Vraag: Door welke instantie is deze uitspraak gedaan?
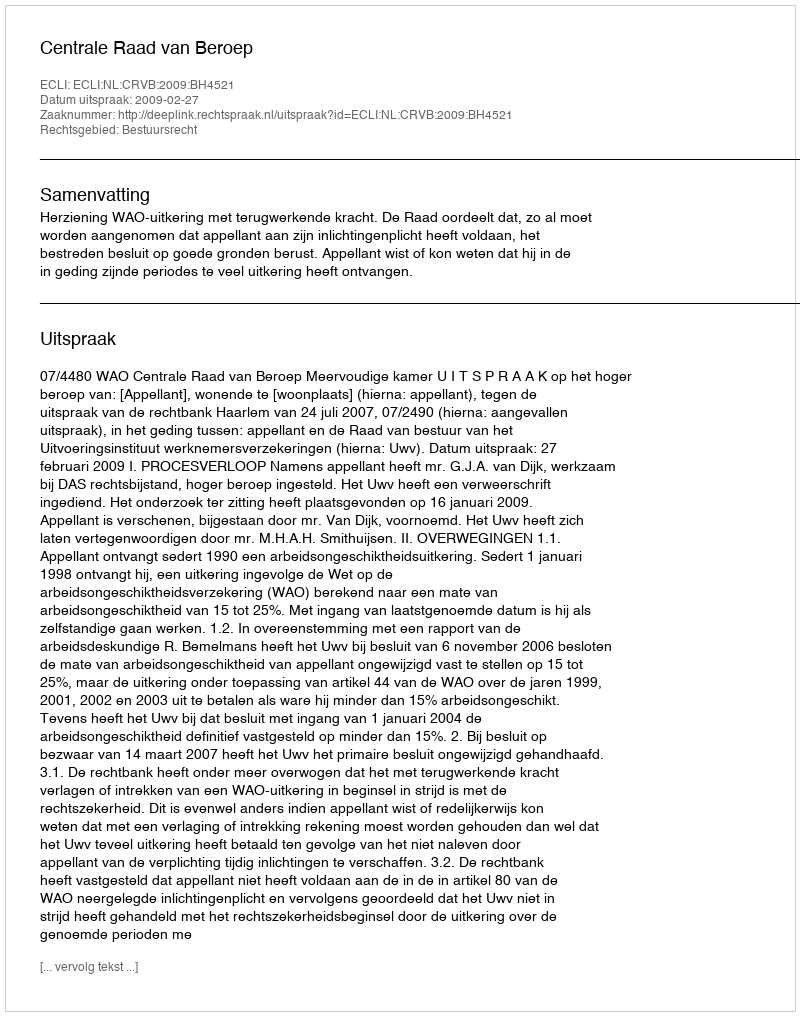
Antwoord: Centrale Raad van Beroep